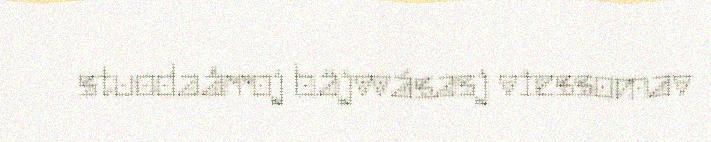
stuodaårroj bäjvvásasj viessomav